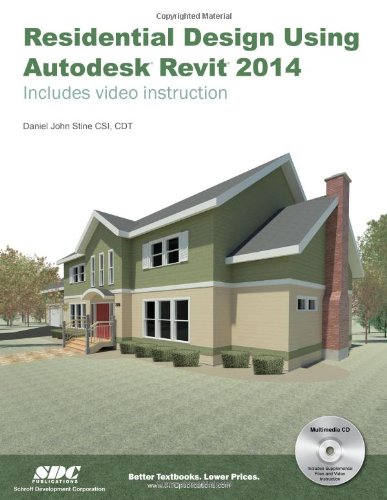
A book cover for Residential Design Using Autodesk Revit 2014; Daniel John Stine; Computers & Technology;